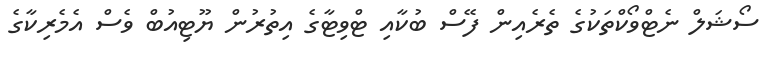
ސޯޝަލް ނެޓްވޯކްތަކުގެ ތެރެއިން ފޭސް ބުކާއި ޓްވިޓާގެ އިތުރުން ޔޫޓިއުބް ވެސް އެމެރިކާގެ